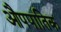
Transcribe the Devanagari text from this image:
औपपातिक